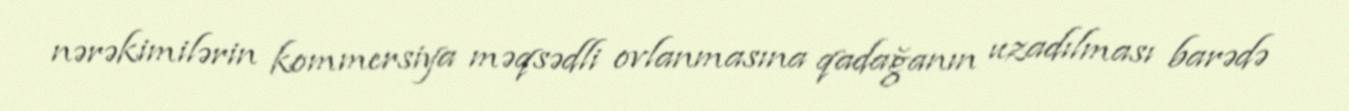
nərəkimilərin kommersiya məqsədli ovlanmasına qadağanın uzadılması barədə